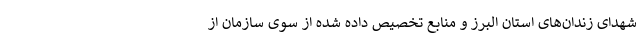
شهدای زندان‌های استان البرز و منابع تخصیص داده شده از سوی سازمان از